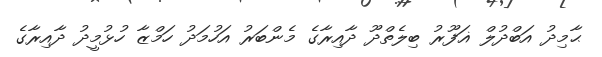
ޙާމިދު އަބްދުލް ޣަފޫރު ބިލެތްދޫ ދާއިރާގެ މެންބަރު އަހުމަދު ހަމްޒާ ހުޅުމީދު ދާއިރާގެ